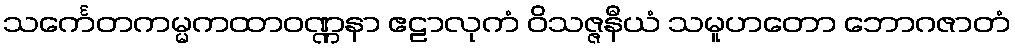
သင်္ကေတကမ္မကထာဝဏ္ဏနာ ဧဠာလုကံ ဝိသဇ္ဇနီယံ သမူဟတော ဘောဂဇာတံ